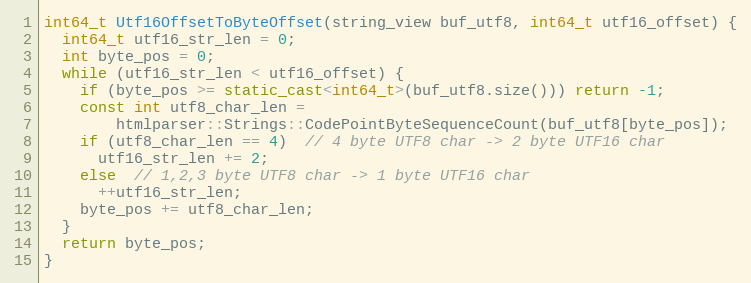
Language: C++
int64_t Utf16OffsetToByteOffset(string_view buf_utf8, int64_t utf16_offset) {
  int64_t utf16_str_len = 0;
  int byte_pos = 0;
  while (utf16_str_len < utf16_offset) {
    if (byte_pos >= static_cast<int64_t>(buf_utf8.size())) return -1;
    const int utf8_char_len =
        htmlparser::Strings::CodePointByteSequenceCount(buf_utf8[byte_pos]);
    if (utf8_char_len == 4)  // 4 byte UTF8 char -> 2 byte UTF16 char
      utf16_str_len += 2;
    else  // 1,2,3 byte UTF8 char -> 1 byte UTF16 char
      ++utf16_str_len;
    byte_pos += utf8_char_len;
  }
  return byte_pos;
}